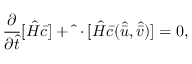
\frac { \partial } { \partial \hat { t } } [ \hat { H } \bar { c } ] + \hat { \mathbf { \nabla } } \cdot [ \hat { H } \bar { c } ( \hat { \bar { u } } , \hat { \bar { v } } ) ] = 0 ,